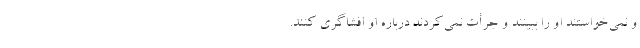
و نمی‌خواستند او را ببینند و جرأت نمی‌کردند درباره او افشاگری کنند.